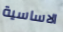
الاساسية